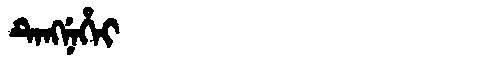
Manchu: ᡨᡝᠩᠨᡝᡥᡝᡳ
Romanization: TENGNEHEI